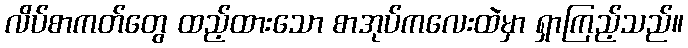
လိပ်စာကတ်တွေ ထည့်ထားသော စာအုပ်ကလေးထဲမှာ ရှာကြည့်သည်။